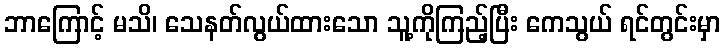
ဘာကြောင့် မသိ၊ သေနတ်လွယ်ထားသော သူ့ကိုကြည့်ပြီး ကေသွယ် ရင်တွင်းမှာ